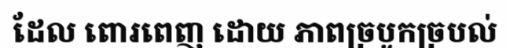
ដែល ពោរពេញ ដោយ ភាពច្របូកច្របល់